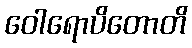
ဝေါရောပိတောတိ